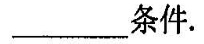
___条件.